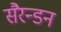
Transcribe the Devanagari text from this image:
सैरन्डन